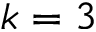
k = 3